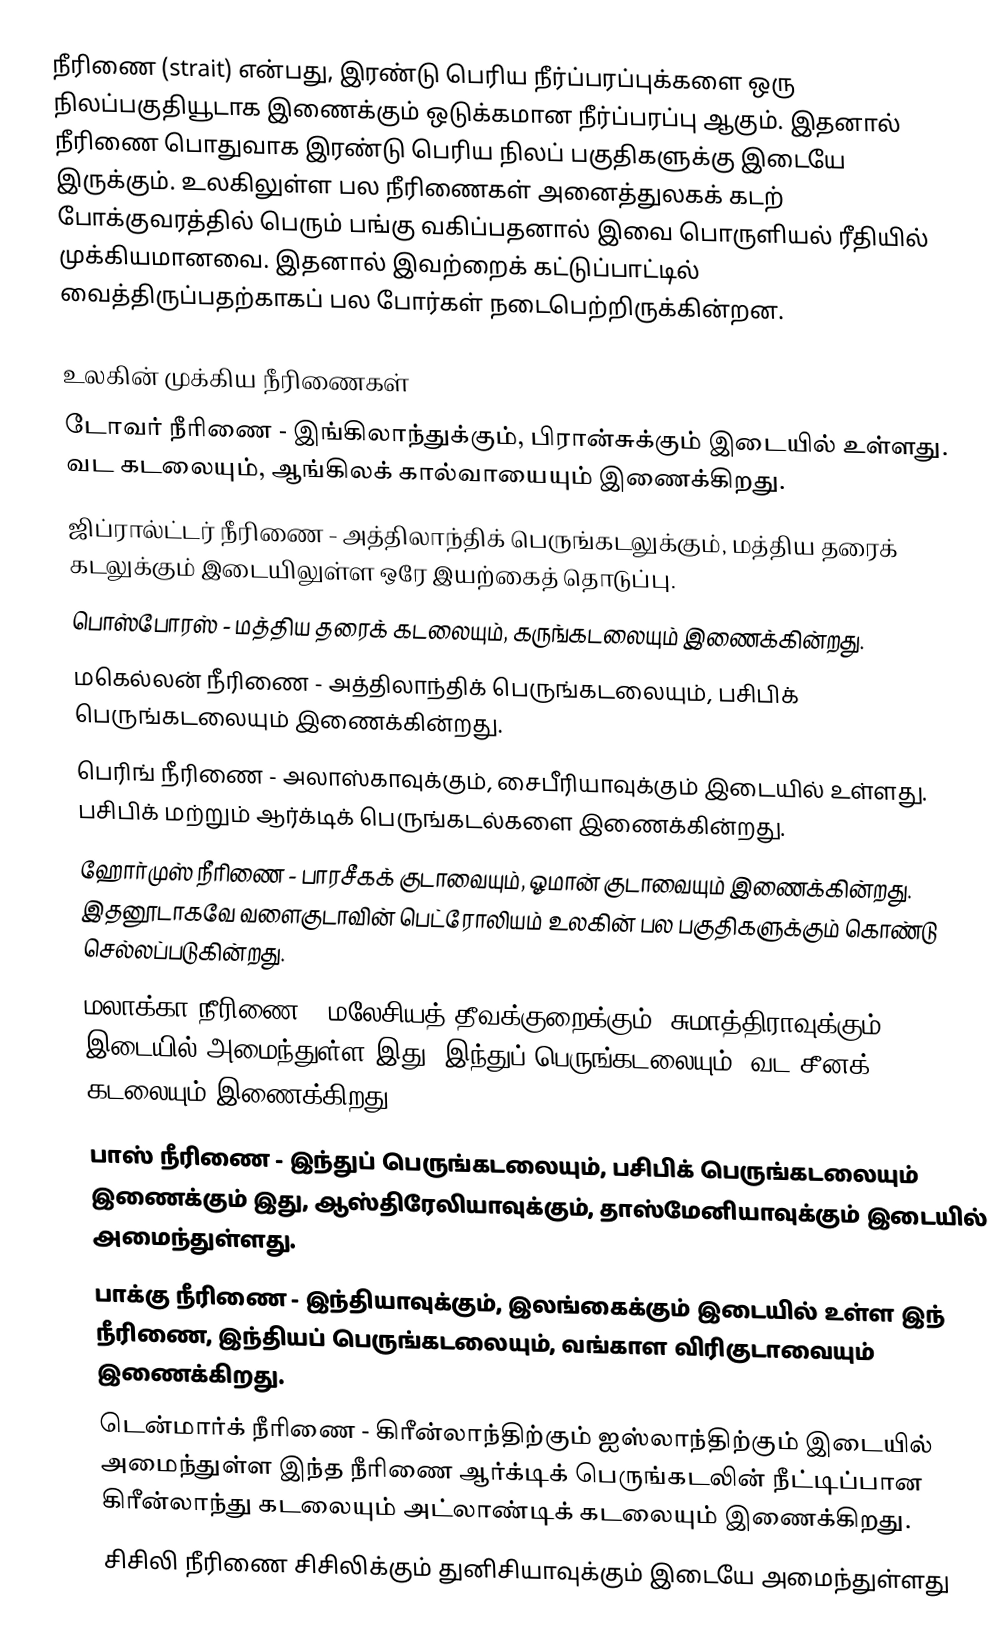
நீரிணை (strait) என்பது, இரண்டு பெரிய நீர்ப்பரப்புக்களை ஒரு நிலப்பகுதியூடாக இணைக்கும் ஒடுக்கமான நீர்ப்பரப்பு ஆகும். இதனால் நீரிணை பொதுவாக இரண்டு பெரிய நிலப் பகுதிகளுக்கு இடையே இருக்கும். உலகிலுள்ள பல நீரிணைகள் அனைத்துலகக் கடற் போக்குவரத்தில் பெரும் பங்கு வகிப்பதனால் இவை பொருளியல் ரீதியில் முக்கியமானவை. இதனால் இவற்றைக் கட்டுப்பாட்டில் வைத்திருப்பதற்காகப் பல போர்கள் நடைபெற்றிருக்கின்றன.

உலகின் முக்கிய நீரிணைகள்
டோவர் நீரிணை - இங்கிலாந்துக்கும், பிரான்சுக்கும் இடையில் உள்ளது. வட கடலையும், ஆங்கிலக் கால்வாயையும் இணைக்கிறது.
ஜிப்ரால்ட்டர் நீரிணை - அத்திலாந்திக் பெருங்கடலுக்கும், மத்திய தரைக் கடலுக்கும் இடையிலுள்ள ஒரே இயற்கைத் தொடுப்பு.
பொஸ்போரஸ் - மத்திய தரைக் கடலையும், கருங்கடலையும் இணைக்கின்றது.
மகெல்லன் நீரிணை - அத்திலாந்திக் பெருங்கடலையும், பசிபிக் பெருங்கடலையும் இணைக்கின்றது.
பெரிங் நீரிணை - அலாஸ்காவுக்கும், சைபீரியாவுக்கும் இடையில் உள்ளது. பசிபிக் மற்றும் ஆர்க்டிக் பெருங்கடல்களை இணைக்கின்றது.
ஹோர்முஸ் நீரிணை - பாரசீகக் குடாவையும், ஓமான் குடாவையும் இணைக்கின்றது. இதனூடாகவே வளைகுடாவின் பெட்ரோலியம் உலகின் பல பகுதிகளுக்கும் கொண்டு செல்லப்படுகின்றது.
மலாக்கா நீரிணை - மலேசியத் தீவக்குறைக்கும், சுமாத்திராவுக்கும் இடையில் அமைந்துள்ள இது, இந்துப் பெருங்கடலையும், வட சீனக் கடலையும் இணைக்கிறது.
பாஸ் நீரிணை - இந்துப் பெருங்கடலையும், பசிபிக் பெருங்கடலையும் இணைக்கும் இது, ஆஸ்திரேலியாவுக்கும், தாஸ்மேனியாவுக்கும் இடையில் அமைந்துள்ளது.
பாக்கு நீரிணை - இந்தியாவுக்கும், இலங்கைக்கும் இடையில் உள்ள இந் நீரிணை, இந்தியப் பெருங்கடலையும், வங்காள விரிகுடாவையும் இணைக்கிறது.
டென்மார்க் நீரிணை - கிரீன்லாந்திற்கும் ஐஸ்லாந்திற்கும் இடையில் அமைந்துள்ள இந்த நீரிணை ஆர்க்டிக் பெருங்கடலின் நீட்டிப்பான கிரீன்லாந்து கடலையும் அட்லாண்டிக் கடலையும் இணைக்கிறது.
சிசிலி நீரிணை சிசிலிக்கும் துனிசியாவுக்கும் இடையே அமைந்துள்ளது